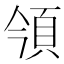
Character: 𩑟